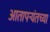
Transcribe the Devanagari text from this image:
आतापर्‍यंतच्या